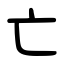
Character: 亡